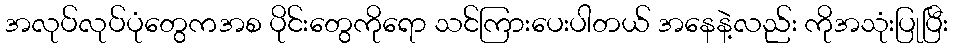
အလုပ်လုပ်ပုံတွေကအစ ပိုင်းတွေကိုရော သင်ကြားပေးပါတယ် အနေနဲ့လည်း ကိုအသုံးပြုပြီး